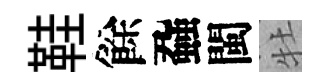
鞋餘蝨閩牡